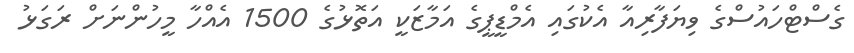
ގެސްޓްހައުސްގެ ވިޔަފާރިއާ އެކުގައި އެމްޑީޕީގެ އަމާޒަކީ އަތޮޅުގެ 1500 އެއްހާ މީހުންނަށް ރަގަޅު